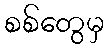
စစ်တွေမှ